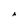
Character: A